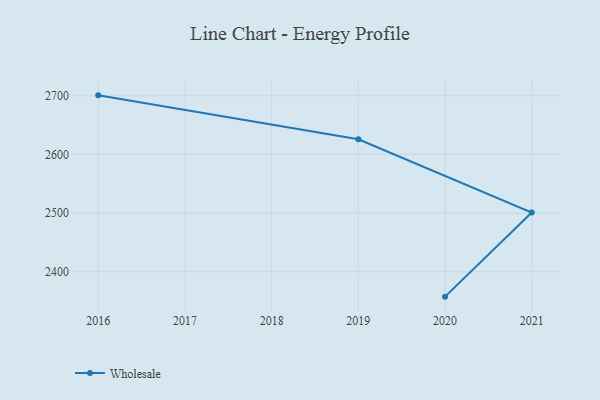
{"axis": {"x": "Year", "y": "Bounce Rate (%)"}, "legend": ["Wholesale"], "data": [{"x": "2016", "y": 2700.8, "type": "Wholesale"}, {"x": "2019", "y": 2626.0, "type": "Wholesale"}, {"x": "2021", "y": 2501.0, "type": "Wholesale"}, {"x": "2020", "y": 2357.6, "type": "Wholesale"}]}